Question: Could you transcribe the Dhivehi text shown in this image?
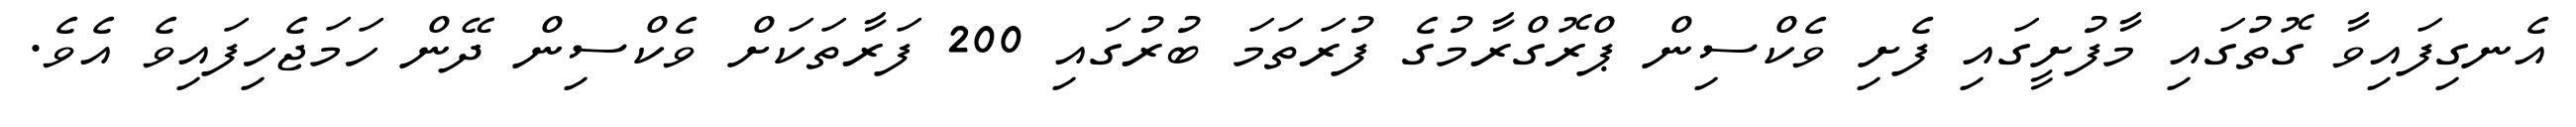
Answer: އެނގިފައިވާ ގޮތުގައި މާފުށީގައި ފެށި ވެކްސިން ޕްރޮގްރާމުގެ ފުރަތަމަ ބުރުގައި 200 ފަރާތަކަށް ވެކްސިން ދޭން ހަމަޖެހިފައިވެ އެވެ.